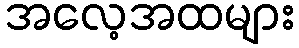
အလေ့အထများ